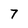
Character: 7